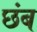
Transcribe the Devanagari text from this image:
छंब